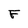
Character: F